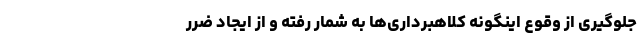
جلوگیری از وقوع اینگونه کلاهبرداری‌ها به شمار رفته و از ایجاد ضرر